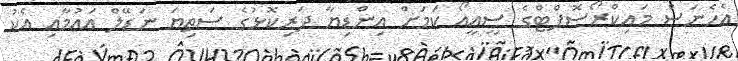
އެހެނަސް މައިކްރޯސޮފްޓްގެ ސީއީއޯ ކަމަށް އިންޑިޔާ ދަރިކޮޅުގެ ސަތިޔަ ނަޑޭލް އައުމާއި އެކު